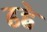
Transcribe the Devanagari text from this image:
ढहे